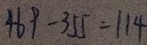
4 6 9 - 3 5 5 = 1 1 4